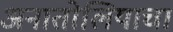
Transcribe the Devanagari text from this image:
अनातोलियाचा